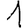
Digit: 1